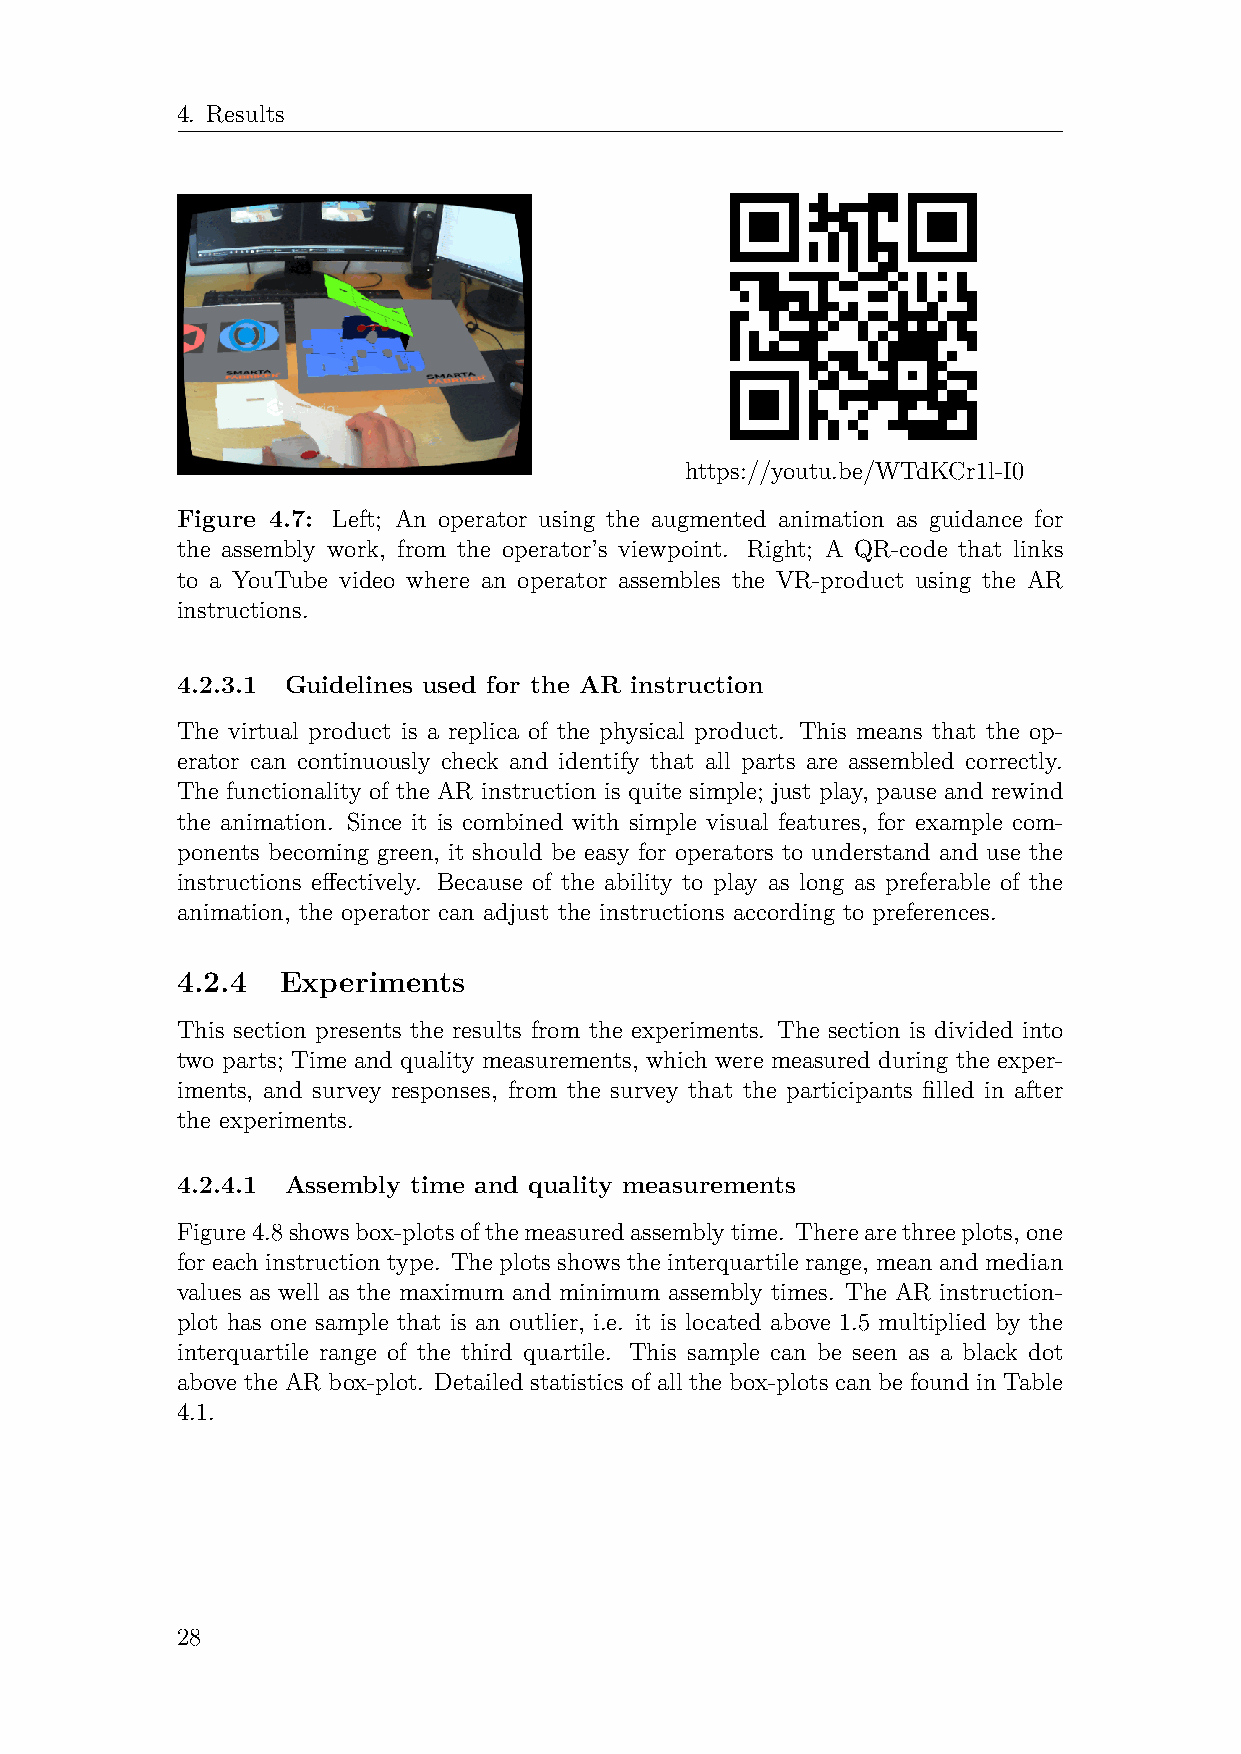
4. Results
 https://youtu.be/WTdKCr1l-I0
 Figure 4.7: Left; An operator using the augmented animation as guidance for
 the assembly work, from the operator’s viewpoint. Right; A QR-code that links
 to a YouTube video where an operator assembles the VR-product using the AR
 instructions.
 4.2.3.1 Guidelines used for the AR instruction
 The virtual product is a replica of the physical product. This means that the op-
 erator can continuously check and identify that all parts are assembled correctly.
 The functionality of the AR instruction is quite simple; just play, pause and rewind
 the animation. Since it is combined with simple visual features, for example com-
 ponents becoming green, it should be easy for operators to understand and use the
 instructions effectively. Because of the ability to play as long as preferable of the
 animation, the operator can adjust the instructions according to preferences.
 4.2.4  Experiments
 This section presents the results from the experiments. The section is divided into
 two parts; Time and quality measurements, which were measured during the exper-
 iments, and survey responses, from the survey that the participants filled in after
 the experiments.
 4.2.4.1 Assembly time and quality measurements
 Figure4.8showsbox-plotsofthemeasuredassemblytime. Therearethreeplots,one
 for each instruction type. The plots shows the interquartile range, mean and median
 values as well as the maximum and minimum assembly times. The AR instruction-
 plot has one sample that is an outlier, i.e. it is located above 1.5 multiplied by the
 interquartile range of the third quartile. This sample can be seen as a black dot
 above the AR box-plot. Detailed statistics of all the box-plots can be found in Table
 4.1.
 28